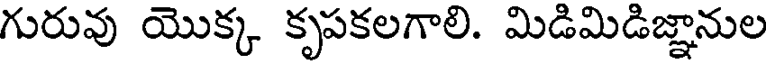
గురువు యొక్క కృపకలగాలి. మిడిమిడిజ్ఞానుల